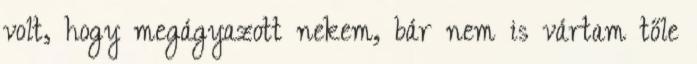
volt, hogy megágyazott nekem, bár nem is vártam tőle